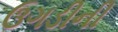
ઉગડીની